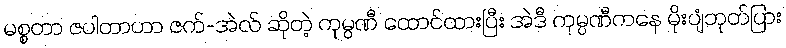
မစ္စတာ ဇပါတာဟာ ဇက်-အဲလ် ဆိုတဲ့ ကုမ္ပဏီ ထောင်ထားပြီး အဲဒီ ကုမ္ပဏီကနေ မိုးပျံဘုတ်ပြား